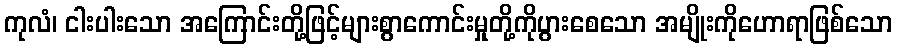
ကုလံ၊ ငါးပါးသော အကြောင်းတို့ဖြင့်များစွာကောင်းမှုတို့ကိုပွားစေသော အမျိုးကိုဟောရာဖြစ်သော